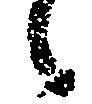
候